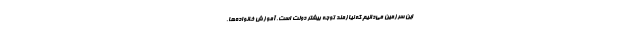
این سرزمین می‌دانیم که نیازمند توجه بیشتر دولت است. آموزش خانواده‌ها،